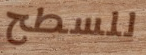
للسطح